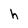
Character: h